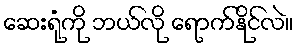
ဆေးရုံကို ဘယ်လို ရောက်နိုင်လဲ။